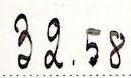
32.58